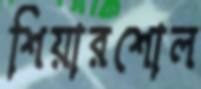
শিয়ারশোল